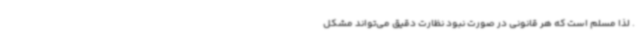
. لذا مسلم است که هر قانونی در صورت نبود نظارت دقیق می‌تواند مشکل